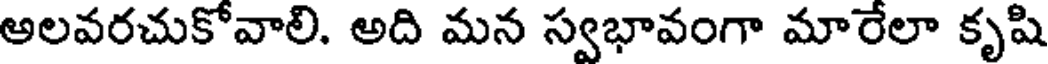
అలవరచుకోవాలి. అది మన స్వభావంగా మారేలా కృషి